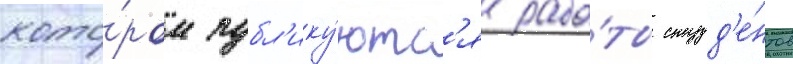
кото́ром публ'ику́ютс'я рабо́ты студ'е́нтов